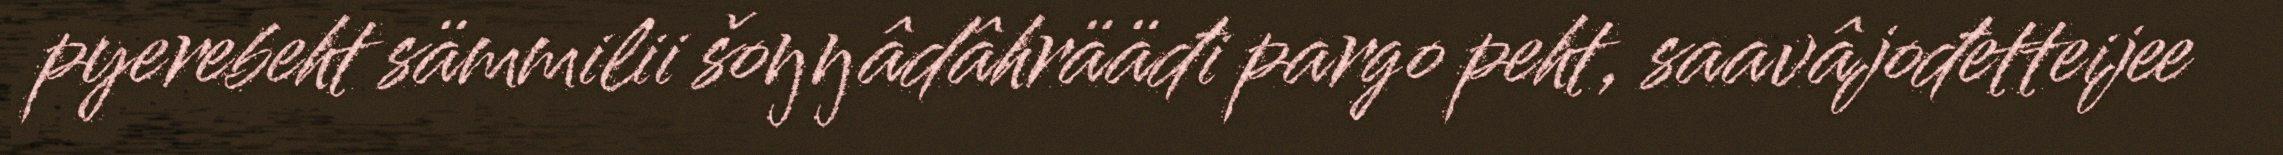
pyerebeht sämmilii šoŋŋâdâhrääđi pargo peht, saavâjođetteijee